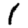
Digit: 1